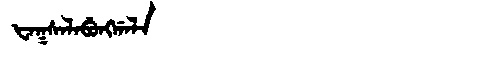
Manchu: ᡶᠠᡴᠰᠠᠯᠠᠪᡠᠩᡤᠠᠯᠠ
Romanization: FAKSALABUNGGALA